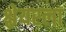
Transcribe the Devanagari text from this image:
श्लेयरला